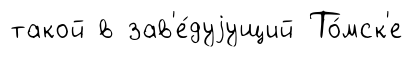
такой в зав'е́дуjущий То́мск'е